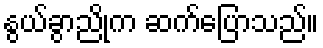
နွယ်ခွာညိုက ဆက်ပြောသည်။